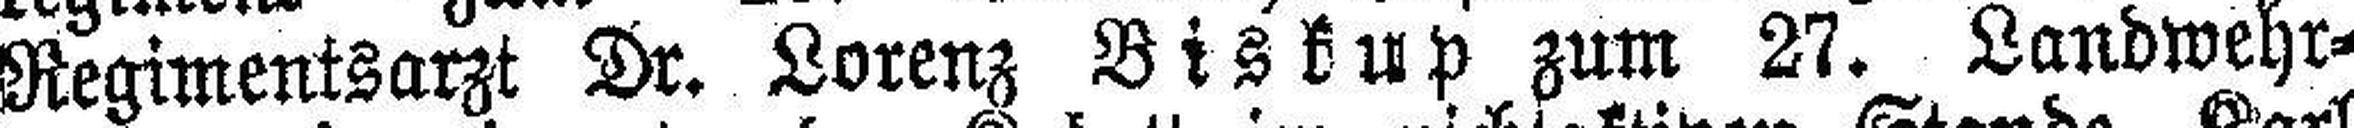
Regimentsarzt Dr. Lorenz Biskup zum 27. Landwehr=